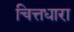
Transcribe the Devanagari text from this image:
चित्तधारा